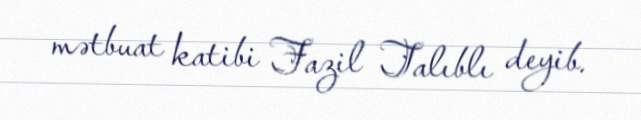
mətbuat katibi Fazil Talıblı deyib.